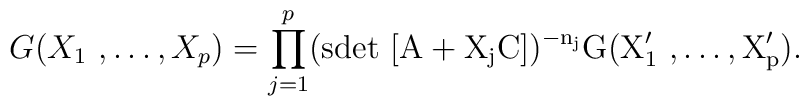
G(X_1 \ , \dots, X_p) = \prod _{j=1}^p(\rm{sdet}\ [A+ X_j C])^{-n_j}G(X_1^\prime \ , \dots,X^\prime_p).